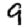
Digit: 9